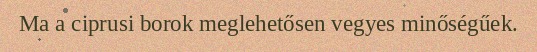
Ma a ciprusi borok meglehetősen vegyes minőségűek.